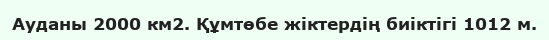
Ауданы 2000 км2. Құмтөбе жіктердің биіктігі 1012 м.